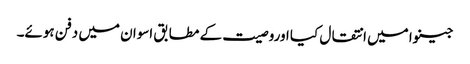
جینوا میں انتقال کیا اوروصیت کے مطابق اسوان میں دفن ہوئے۔